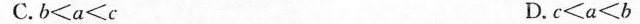
C.b<a<c D. c<a<b